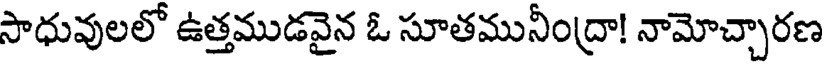
సాధువులలో ఉత్తముడవైన ఓ సూతమునీంద్రా! నామోచ్చారణ